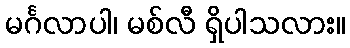
မင်္ဂလာပါ၊ မစ်လီ ရှိပါသလား။